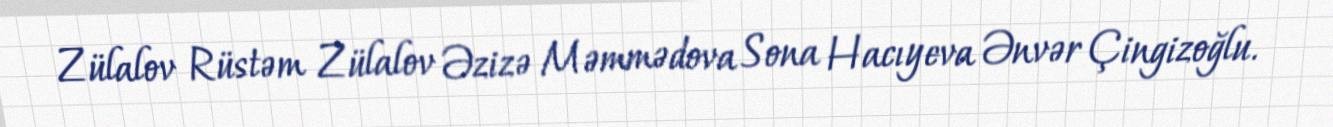
Zülalov Rüstəm Zülalov Əzizə Məmmədova Sona Hacıyeva Ənvər Çingizoğlu.